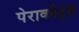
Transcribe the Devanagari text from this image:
पेराकीट्स